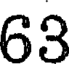
63